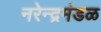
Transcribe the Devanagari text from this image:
नरेन्द्रमंडळ